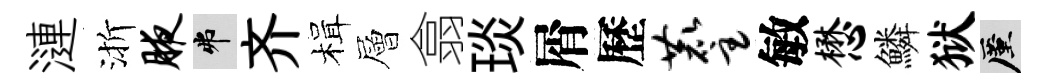
漣渐腋弗齐楫層翕琰屑歷麈敏懋鱗狱厪